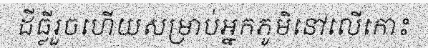
ដីធ្លីរួចហើយសម្រាប់អ្នកភូមិនៅលើកោះ